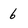
Character: 6